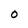
Character: 0